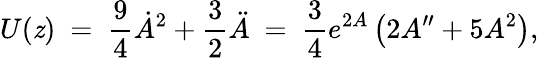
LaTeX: U(\mathit{z})\ =\ \frac{{9}}{{4}}\dot{{A}}^{2}+\frac{{3}}{{2}}\ddot{{A}}\ =\ \frac{{3}}{{4}}e^{2A}\left(2A^{\prime\prime}+5A^{2}\right),